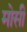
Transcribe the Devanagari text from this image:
मोसी